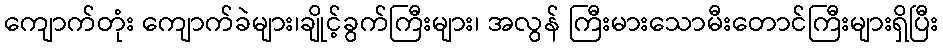
ကျောက်တုံး ကျောက်ခဲများ၊ချိုင့်ခွက်ကြီးများ၊ အလွန် ကြီးမားသောမီးတောင်ကြီးများရှိပြီး